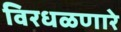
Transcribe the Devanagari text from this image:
विरधळणारे